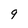
Character: 9